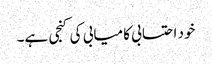
خود احتسابی کامیابی کی کنجی ہے۔